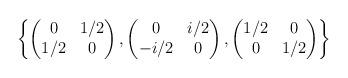
LaTeX: \begin{align*} \left\{ \begin{pmatrix} 0 & 1/2 \\ 1/2 & 0 \end{pmatrix} , \begin{pmatrix} 0 & i/2 \\ -i/2 & 0 \end{pmatrix} , \begin{pmatrix} 1/2 & 0 \\ 0 & 1/2 \end{pmatrix} \right\} \end{align*}